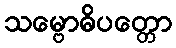
သမ္ဗောဓိပတ္တော